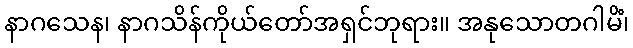
နာဂသေန၊ နာဂသိန်ကိုယ်တော်အရှင်ဘုရား။ အနုသောတဂါမိံ၊